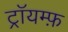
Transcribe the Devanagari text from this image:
ट्रॉयम्फ़